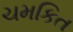
ચમકિત